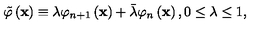
\tilde { \varphi } \left( \mathbf { x } \right) \equiv \lambda \varphi _ { n + 1 } \left( \mathbf { x } \right) + \bar { \lambda } \varphi _ { n } \left( \mathbf { x } \right) , 0 \leq \lambda \leq 1 ,